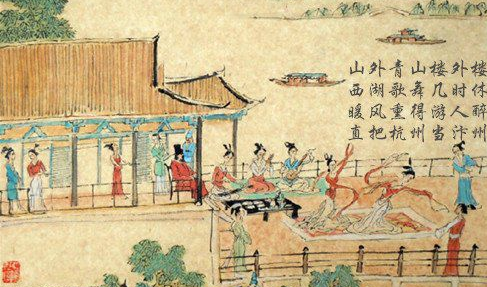
暖风熏得游人醉，直把杭州作汴州。